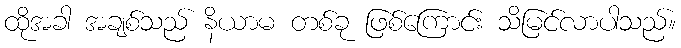
ထိုအခါ အချစ်သည် နိယာမ တစ်ခု ဖြစ်ကြောင်း သိမြင်လာပါသည်။